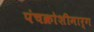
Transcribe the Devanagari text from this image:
पंचक्रोशीमार्ग